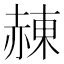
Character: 𧹩